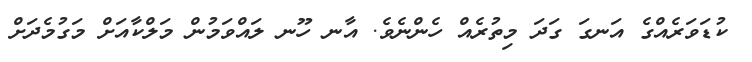
ކުޑަވަރެއްގެ އަނގަ ގަދަ މިތުރެއް ހެންނެވެ. އާނ ހޫނ ލައްވަމުން މަލްކާއަށް މަގުމެދަށް